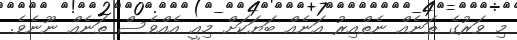
މި ވަރުގެ ތަނެއް ނެތްއިރު އަނެއް ބަޔަކަށް މިއީ އެއްވެސް ތަނެއް ނޫނެވެ.